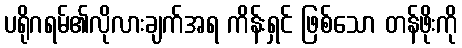
ပရိုဂရမ်၏လိုလားချက်အရ ကိန်းရှင် ဖြစ်သော တန်ဖိုးကို